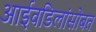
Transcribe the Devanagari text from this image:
आईवडिलांसोबत